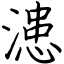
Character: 漶